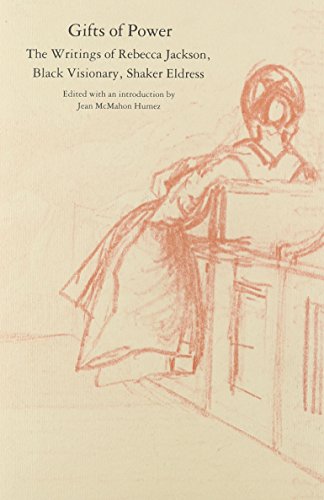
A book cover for Gifts of Power: The Writings of Rebecca Jackson, Black Visionary, Shaker Eldress; Jean McMahon Humez; Christian Books & Bibles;